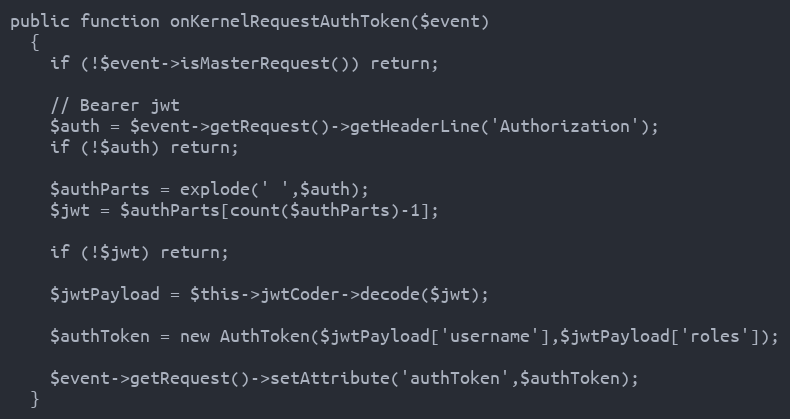
Language: PHP
public function onKernelRequestAuthToken($event)
  {
    if (!$event->isMasterRequest()) return;

    // Bearer jwt
    $auth = $event->getRequest()->getHeaderLine('Authorization');
    if (!$auth) return;

    $authParts = explode(' ',$auth);
    $jwt = $authParts[count($authParts)-1];

    if (!$jwt) return;

    $jwtPayload = $this->jwtCoder->decode($jwt);

    $authToken = new AuthToken($jwtPayload['username'],$jwtPayload['roles']);

    $event->getRequest()->setAttribute('authToken',$authToken);
  }